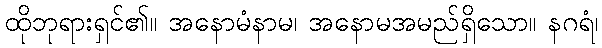
ထိုဘုရားရှင်၏။ အနောမံနာမ၊ အနောမအမည်ရှိသော။ နဂရံ၊